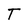
Character: T